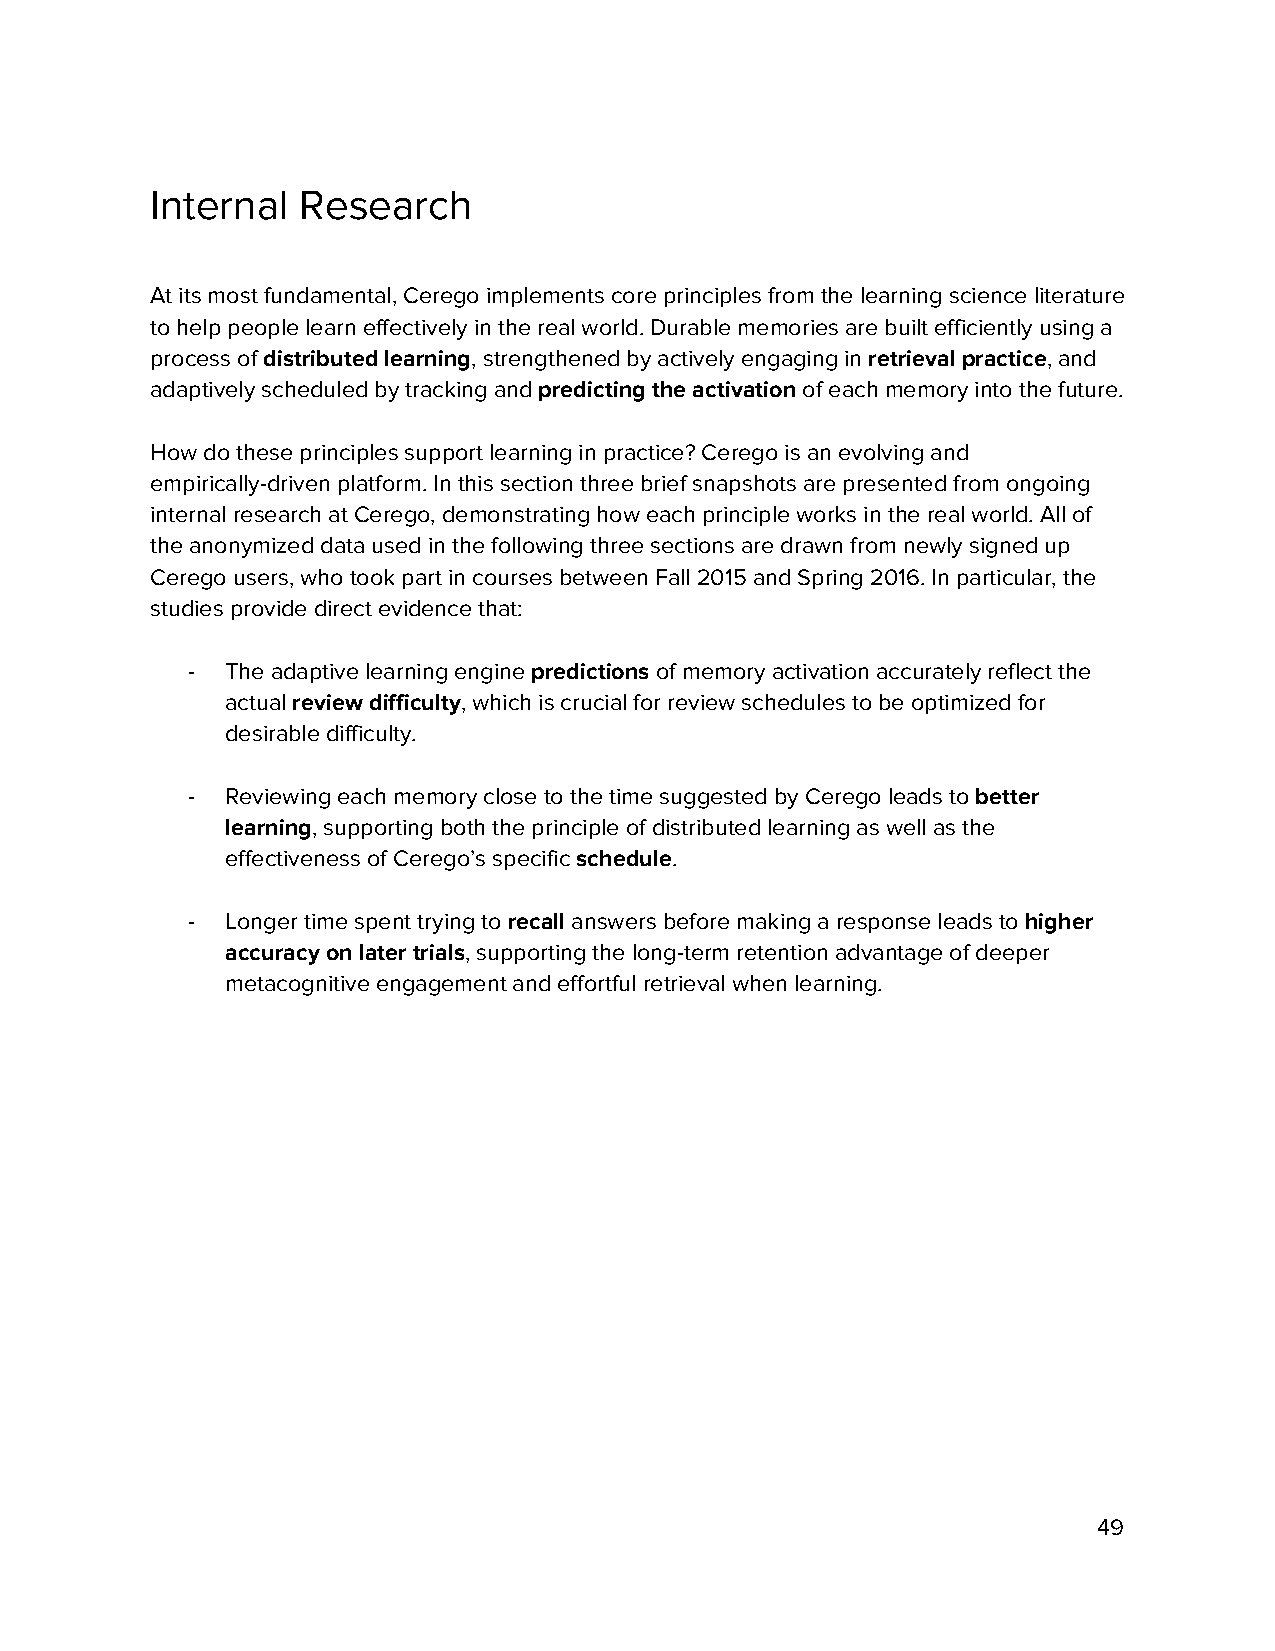
Internal  Research
 At its most fundamental, Cerego implements core principles from the learning science literature
 to help people learn effectively in the real world. Durable memories are built efficiently using a
 process of distributed learning, strengthened by actively engaging in retrieval practice, and
 ​             ​                         ​           ​
 adaptively scheduled by tracking and predicting the activation of each memory into the future.
 ​                ​
 How do these principles support learning in practice? Cerego is an evolving and
 empirically-driven platform. In this section three brief snapshots are presented from ongoing
 internal research at Cerego, demonstrating how each principle works in the real world. All of
 the anonymized data used in the following three sections are drawn from newly signed up
 Cerego users, who took part in courses between Fall 2015 and Spring 2016. In particular, the
 studies provide direct evidence that:
 -  The adaptive learning engine predictions of memory activation accurately reflect the
 ​       ​
 actual review difficulty, which is crucial for review schedules to be optimized for
 ​           ​
 desirable difficulty.
 -  Reviewing each memory close to the time suggested by Cerego leads to better
 ​
 learning, supporting both the principle of distributed learning as well as the
 ​
 effectiveness of Cerego’s specific schedule.
 ​     ​
 -  Longer time spent trying to recall answers before making a response leads to higher
 ​  ​                              ​
 accuracy on later trials, supporting the long-term retention advantage of deeper
 ​
 metacognitive engagement and effortful retrieval when learning.
 49